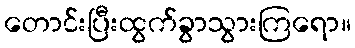
တောင်းပြီးထွက်ခွာသွားကြရော။